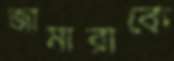
জামারাকে